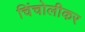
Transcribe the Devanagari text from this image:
चिंचोलीकर